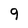
Character: 9